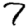
Digit: 7